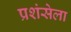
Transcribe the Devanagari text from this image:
प्रशंसेला